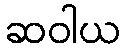
ဆဝါယ